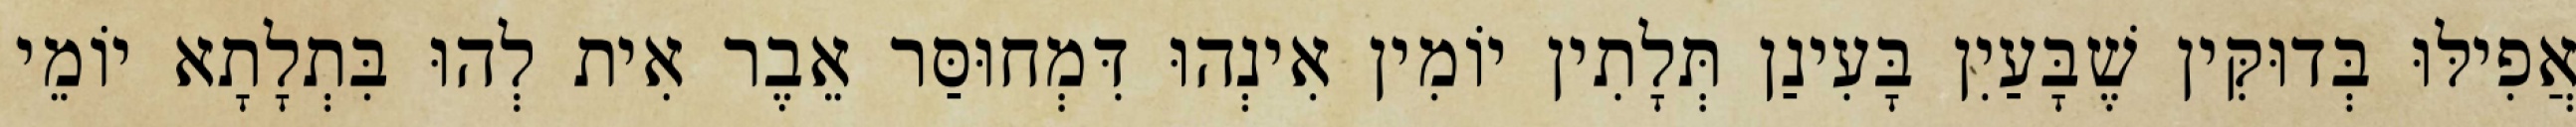
אֲפִילּוּ בְּדוּקִּין שֶׁבָּעַיִן בָּעִינַן תְּלָתִין יוֹמִין אִינְהוּ דִּמְחוּסַּר אֵבֶר אִית לְהוּ בִּתְלָתָא יוֹמֵי